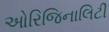
ઓરિજિનાલિટી